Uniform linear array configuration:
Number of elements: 64
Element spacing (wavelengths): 0.25
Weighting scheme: hann
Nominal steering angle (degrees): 45
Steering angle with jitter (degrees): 46.543
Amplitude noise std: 0.05
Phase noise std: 0.05

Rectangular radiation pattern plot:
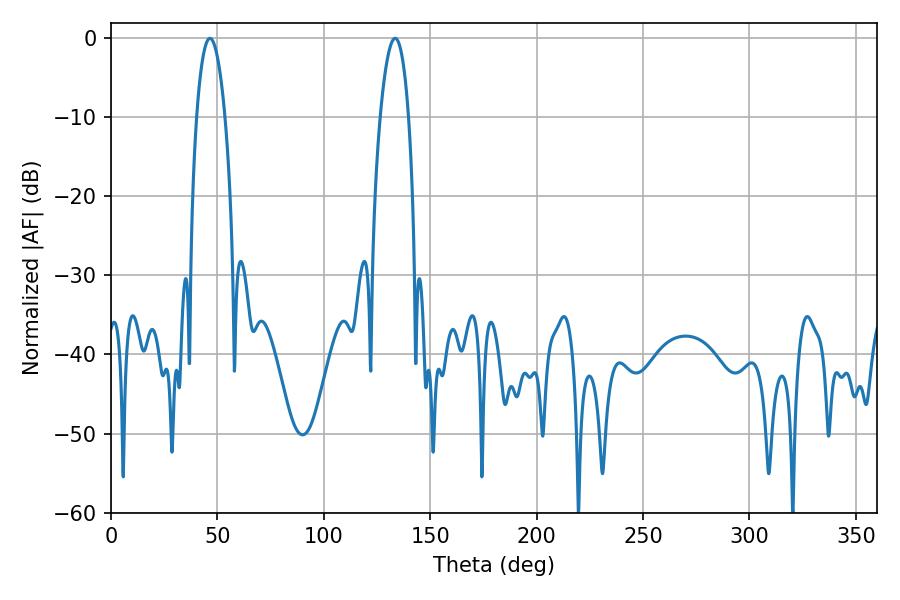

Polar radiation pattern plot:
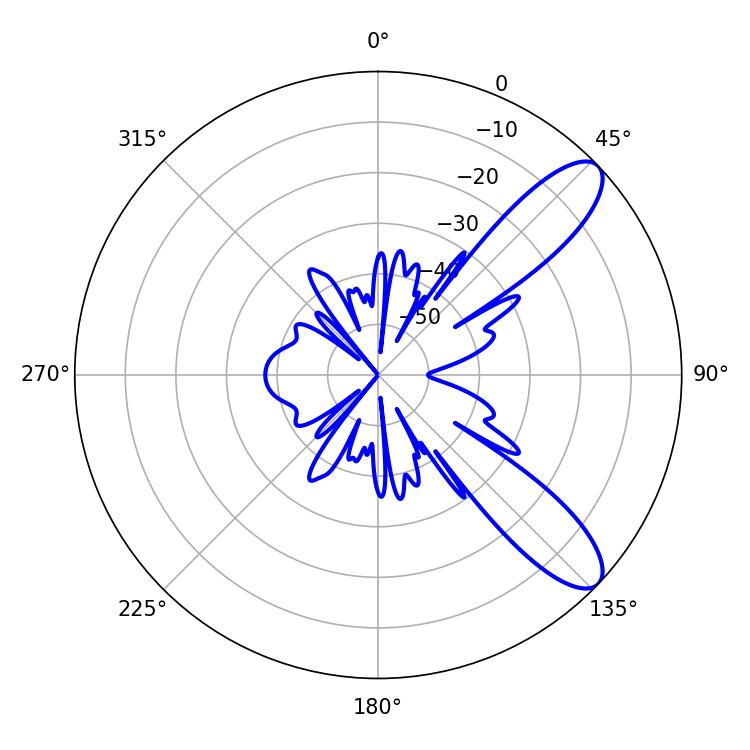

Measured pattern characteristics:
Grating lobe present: FALSE
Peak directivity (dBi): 9.967
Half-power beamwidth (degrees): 7.56
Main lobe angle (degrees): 46.44